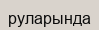
руларында